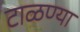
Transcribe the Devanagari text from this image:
टाळण्या